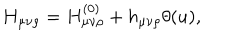
LaTeX: H _ { \mu \nu \rho } = H _ { \mu \nu \rho } ^ { ( 0 ) } + h _ { \mu \nu \rho } \theta ( u ) ,